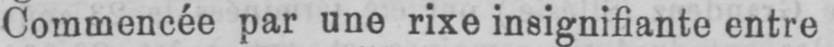
Commencée par une rixe insignifiante entre